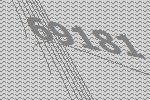
69181